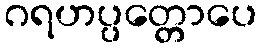
ဂရဟပ္ပတ္တောပေ